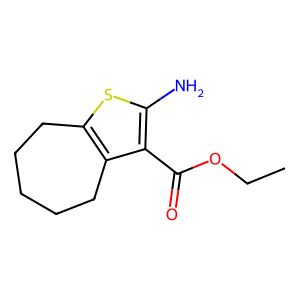
SMILES: CCOC(=O)c1c(N)sc2c1CCCCC2
Inhibits HIV replication: No